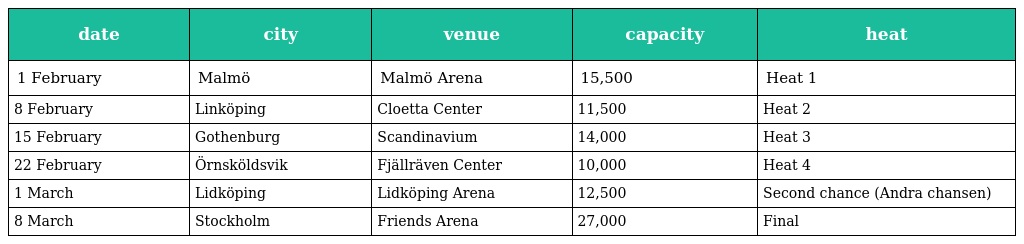
| date | city | venue | capacity | heat |
 | --- | --- | --- | --- | --- |
 | 1 February | Malmö | Malmö Arena | 15,500 | Heat 1 |
 | 8 February | Linköping | Cloetta Center | 11,500 | Heat 2 |
 | 15 February | Gothenburg | Scandinavium | 14,000 | Heat 3 |
 | 22 February | Örnsköldsvik | Fjällräven Center | 10,000 | Heat 4 |
 | 1 March | Lidköping | Lidköping Arena | 12,500 | Second chance (Andra chansen) |
 | 8 March | Stockholm | Friends Arena | 27,000 | Final |